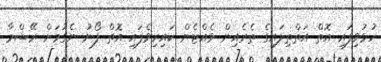
ހުޅުވިފައި އޮތް އަތްތިލައިގެ ތެރެއިން ވެއްޓެން ކައިރިވެފައި އޮތް ފޯނު ނެގުމަށް ރޭޝްމާ